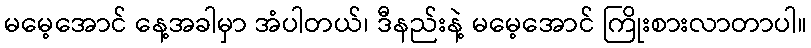
မမေ့အောင် နေ့အခါမှာ အံပါတယ်၊ ဒီနည်းနဲ့ မမေ့အောင် ကြိုးစားလာတာပါ။